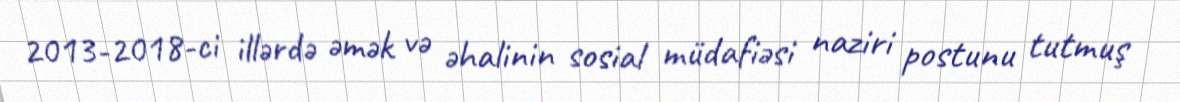
2013-2018-ci illərdə əmək və əhalinin sosial müdafiəsi naziri postunu tutmuş